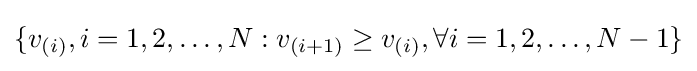
\{v_{(i)},i=1,2,\ldots ,N:v_{(i+1)}\geq v_{(i)},\forall i=1,2,\ldots ,N-1\}